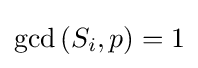
\gcd {(S_{i},p)}=1